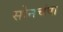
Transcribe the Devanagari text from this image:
सोनचंपा